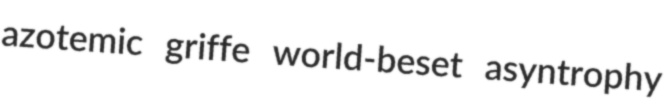
azotemic griffe world-beset asyntrophy